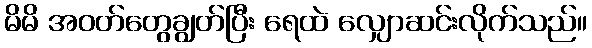
မိမိ အဝတ်တွေချွတ်ပြီး ရေထဲ လျှောဆင်းလိုက်သည်။